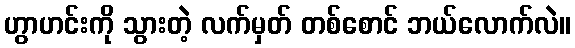
ဟွာဟင်းကို သွားတဲ့ လက်မှတ် တစ်စောင် ဘယ်လောက်လဲ။